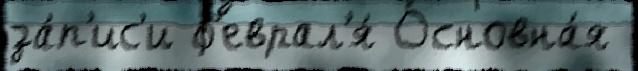
за́п'ис'и ф'еврал'я́ Основна́я